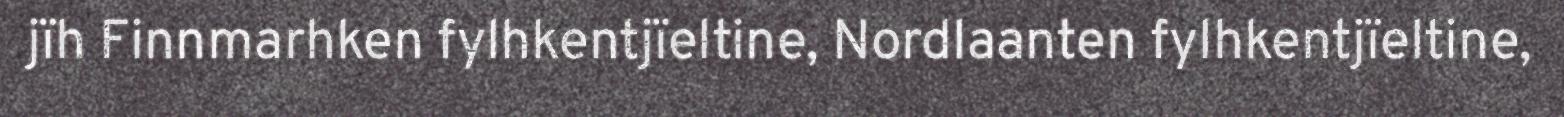
jïh Finnmarhken fylhkentjïeltine, Nordlaanten fylhkentjïeltine,